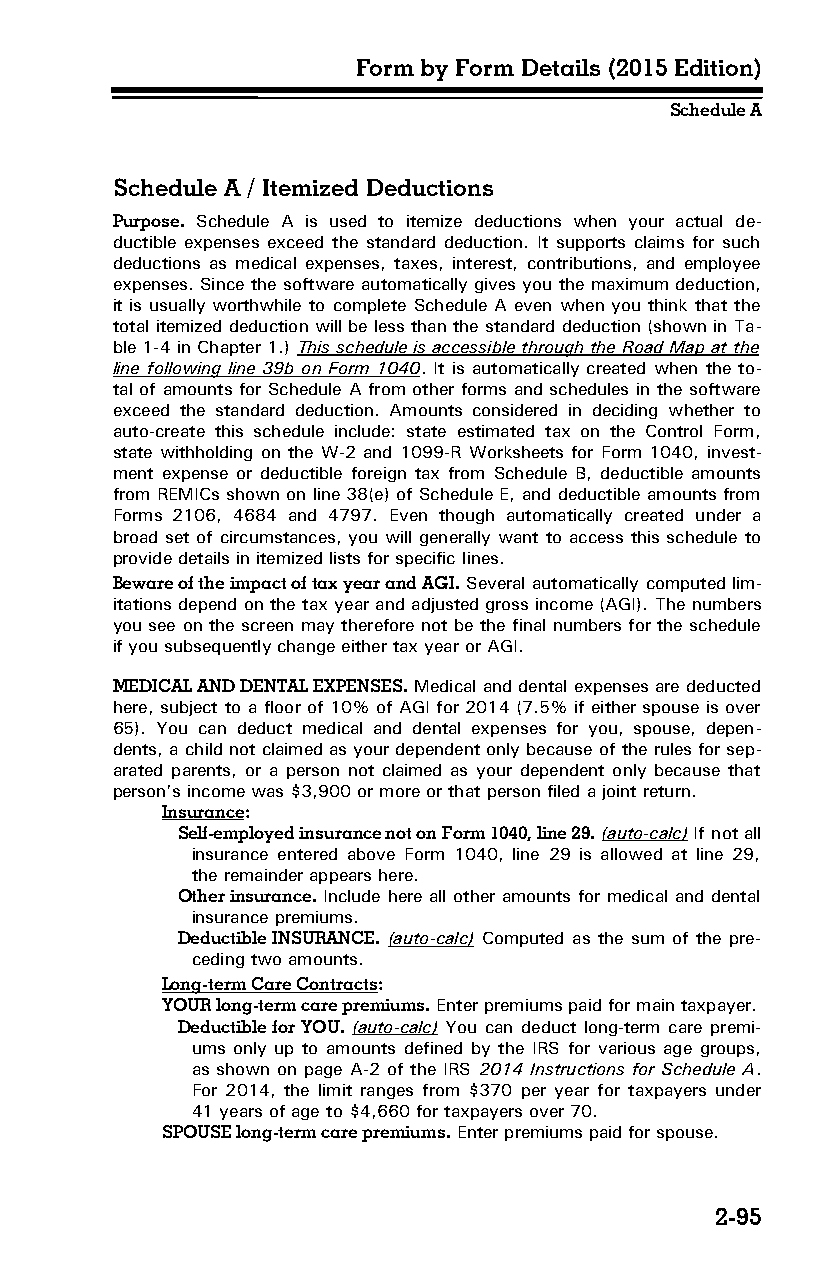
Form by Form Details (2015 Edition)
 Schedule A
 Schedule A / Itemized Deductions
 Purpose. Schedule A is used to itemize deductions when your actual de­
 ductible expenses exceed the standard deduction. It supports claims for such
 deductions as medical expenses, taxes, interest, contributions, and employee
 expenses. Since the software automatically gives you the maximum deduction,
 it is usually worthwhile to complete Schedule A even when you think that the
 total itemized deduction will be less than the standard deduction (shown in Ta­
 ble 1-4 in Chapter 1.) This schedule is accessible through the Road Map at the
 line following line 39b on Form 1040. It is automatically created when the to­
 tal of amounts for Schedule A from other forms and schedules in the software
 exceed the standard deduction. Amounts considered in deciding whether to
 auto-create this schedule include: state estimated tax on the Control Form,
 state withholding on the W-2 and 1099-R Worksheets for Form 1040, invest­
 ment expense or deductible foreign tax from Schedule B, deductible amounts
 from REMICs shown on line 38(e) of Schedule E, and deductible amounts from
 Forms 2106, 4684 and 4797. Even though automatically created under a
 broad set of circumstances, you will generally want to access this schedule to
 provide details in itemized lists for specific lines.
 Beware of the impact of tax year and AGI. Several automatically computed lim­
 itations depend on the tax year and adjusted gross income (AGI). The numbers
 you see on the screen may therefore not be the final numbers for the schedule
 if you subsequently change either tax year or AGI.
 MEDICAL AND DENTAL EXPENSES. Medical and dental expenses are deducted
 here, subject to a floor of 10% of AGI for 2014 (7.5% if either spouse is over
 65). You can deduct medical and dental expenses for you, spouse, depen­
 dents, a child not claimed as your dependent only because of the rules for sep­
 arated parents, or a person not claimed as your dependent only because that
 person’s income was $3,900 or more or that person filed a joint return.
 Insurance:
 Self-employed insurance not on Form 1040, line 29. (auto-calc) If not all
 insurance entered above Form 1040, line 29 is allowed at line 29,
 the remainder appears here.
 Other insurance. Include here all other amounts for medical and dental
 insurance premiums.
 Deductible INSURANCE. (auto-calc) Computed as the sum of the pre­
 ceding two amounts.
 Long-term Care Contracts:
 YOUR long-term care premiums. Enter premiums paid for main taxpayer.
 Deductible for YOU. (auto-calc) You can deduct long-term care premi­
 ums only up to amounts defined by the IRS for various age groups,
 as shown on page A-2 of the IRS 2014 Instructions for Schedule A.
 For 2014, the limit ranges from $370 per year for taxpayers under
 41 years of age to $4,660 for taxpayers over 70.
 SPOUSE long-term care premiums. Enter premiums paid for spouse.
 2-95